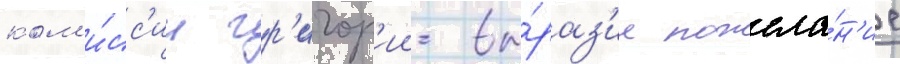
ком'и́сс'ии гр'игор'ии вы́раз'ил пожела́н'ие